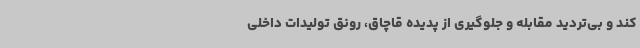
کند و بی‌تردید مقابله و جلوگیری از پدیده قاچاق، رونق تولیدات داخلی